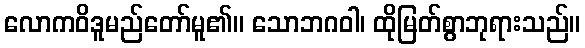
လောကဝိဒူမည်တော်မူ၏။ သောဘဂဝါ၊ ထိုမြတ်စွာဘုရားသည်။